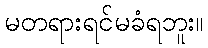
မတရားရင်မခံရဘူး။